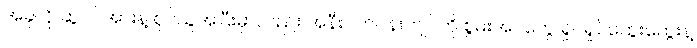
အခုလို ဆွဲငင်အားနဲ့ စုပ်ယူအပြီးမှာလည်း အနီးပတ်ဝန်းကျင်ကို စွမ်းအင်တွေ ရှုပ်ရှုပ်ထွေးထွေးနဲ့